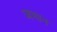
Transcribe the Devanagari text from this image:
जभान